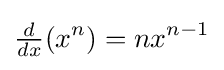
{\tfrac {d}{dx}}(x^{n})=nx^{n-1}